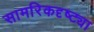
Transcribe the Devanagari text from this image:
सामरिकदृष्ट्या